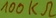
Text: 100kΩ